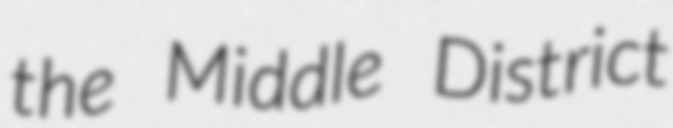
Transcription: the Middle District